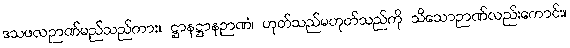
ဒသဖလဉာဏ်မည်သည်ကား။ ဋ္ဌာနဋ္ဌာနဉာဏံ၊ ဟုတ်သည်မဟုတ်သည်ကို သိသောဉာဏ်လည်းကောင်း။